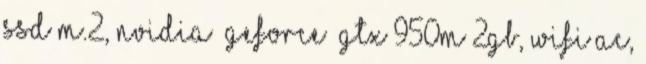
SSD M.2, NVIDIA® GeForce® GTX 950M 2GB, Wifi AC,